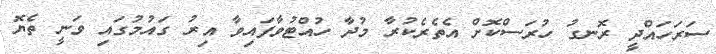
ސަރަހައްދީ ރޮނގު ހުރަސްކޮށް އެތެރެކުރާ މުދާ ހުއްޓުވާފައިވާ އިރު ގައުމުގައި ވަނީ ތެޔޮ